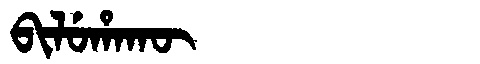
Manchu: ᠪᡳᠯᡠᡥᠠᡴᡡ
Romanization: BILUHAKŪ